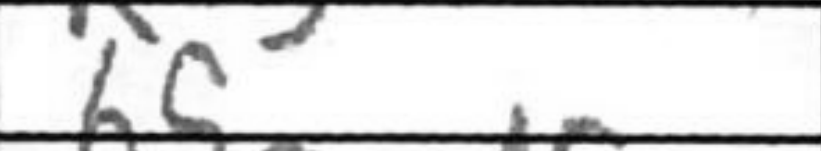
Transcription: h5